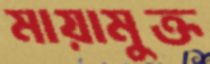
মায়ামুক্ত